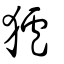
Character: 獹